Statistics compiled by the Government of India from the reports of provincial Civil Veterinary Departments
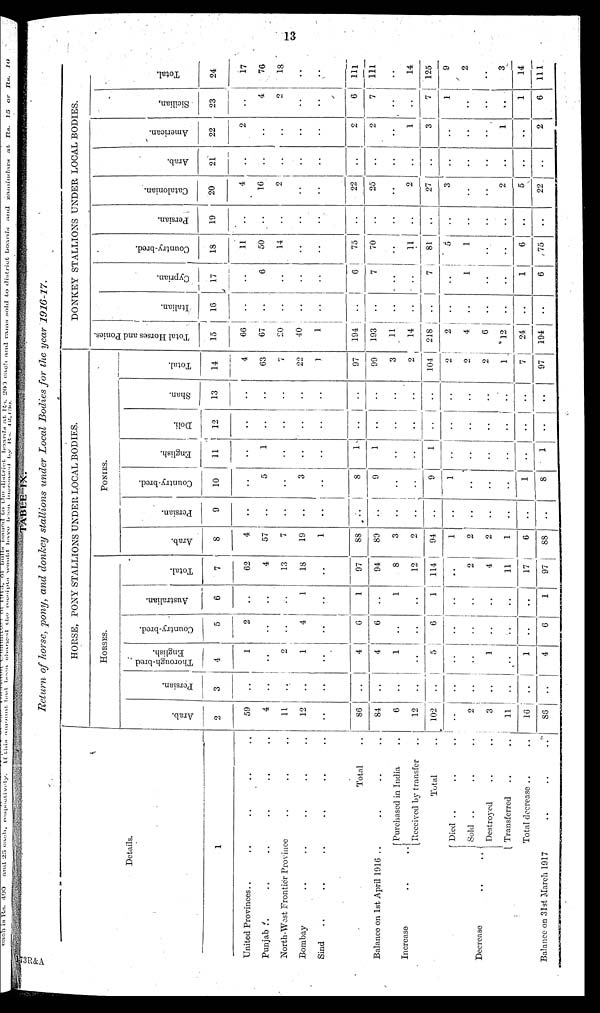
13
TABLE IX.
Return of horse, pony, and donkey stallions under Local Bodies for the year 1916-17.
Details.
1
United Provinces .. .. .. .. ..
Punjab .. .. .. ..
North-West Frontier Province .. ..
Bombay .. .. .. .. ..
Sind .. .. .. .. ..
Total ..
Balance on 1st April 1916 .. .. ..
Increase
..
.
Purchased in India ..
Received by transfer ..
Total ..
Decrease
..
..
Died ..
..
..
Sold .. .. ..
Destroyed
..
..
Transferred
..
..
Total decrease .. ..
Balance on 31st March 1917 .. .. ..
HORSE, PONY STALLIONS UNDER LOCAL BODIES.
HORSES.
Arab.
2
59
4
11
12
..
86
84
6
12
102
..
2
3
11
16
86
Persian.
3
..
..
..
..
..
..
..
..
..
..
..
..
..
..
..
..
Thorough-bred
English.
4
1
..
2
1
..
4
4
1
..
5
..
..
1
..
1
4
Country-bred.
5
2
..
..
4
..
6
6
..
..
6
..
..
..
..
..
6
Australian.
6
..
..
..
1
..
1
..
1
..
1
..
..
..
..
..
1
Total.
7
62
4
13
18
..
97
94
8
12
114
..
2
4
11
17
97
PONYES.
Arab.
8
4
57
7
19
1
88
89
3
2
94
1
2
2
1
6
88
Persian.
9
..
..
..
..
..
..
..
..
..
..
..
..
..
..
..
..
Country-bred.
10
..
5
..
3
..
8
9
..
..
9
1
..
..
..
1
8
English.
11
..
1
..
..
..
1
1
..
..
1
..
..
..
..
..
1
Doli.
12
..
..
..
..
..
..
..
..
..
..
..
..
..
..
..
..
Shan.
13
..
..
..
..
..
..
..
..
..
..
..
..
..
....
..
..
Total.
14
4
63
7
22
1
97
99
3
2
104
2
2
2
1
7
97
DONKEY STALLIONS UNDER LOCAL BODIES.
Total Horses and Ponies.
15
66
67
20
40
1
194
193
11
14
218
2
4
6
12
24
194
I t al i an.
16
..
..
..
..
..
..
..
..
..
..
..
..
..
..
..
..
Cypr i
an.
17
..
6
..
..
..
6
7
..
..
7
..
1
..
..
1
6
Count r
y- br e d.
18
11
50
14
..
..
75
70
..
11
81
5
1
..
..
6
75
Per s i
an.
19
..
..
..
..
..
..
..
..
..
..
..
..
..
..
..
Cat al oni an.
20
4
16
2
..
..
22
25
..
2
27
3
..
..
2
5
22
Ar ab.
21
..
..
..
..
..
..
..
..
..
..
..
..
..
..
..
Ame r
i
c a n.
22
2
..
..
..
..
2
2
..
1
3
..
..
..
1
..
2
Si ci l
i
an.
23
..
4
2
..
..
6
7
..
..
7
1
..
..
..
1
6
Total.
24
17
76
18.
..
..
111
111
..
14
125
9
2
..
3
14
111
73R&A